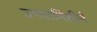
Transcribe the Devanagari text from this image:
उपसमितीने